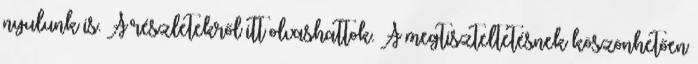
nyulunk is. A részletekről itt olvashattok. A megtiszteltetésnek köszönhetően